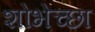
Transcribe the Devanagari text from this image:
शोभेच्छा